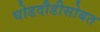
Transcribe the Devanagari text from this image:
घोडदौडीसोबत